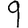
Digit: 9